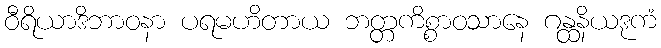
ဝီရိယာဒိဘာဝနာ ပရမဟိတာယ ဘတ္တကိစ္စာဝသာနေ ဂန္ထနိယဒုကံ